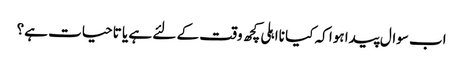
اب سوال پیدا ہوا کہ کیا نااہلی کچھ وقت کے لئے ہے یا تاحیات ہے؟